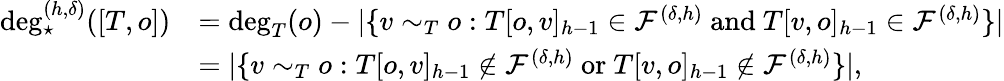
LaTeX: \begin{array}{rl}{\deg_{\star}^{(h,\delta)}([T,o])}&{=\deg_{T}(o)-|\{ v\sim_{T}o:T[o,v]_{h-1}\in\mathcal{F}^{(\delta,h)}\mathrm{~and~}T[v,o]_{h-1}\in\mathcal{F}^{(\delta,h)}\} |}\\ &{=|\{ v\sim_{T}o:T[o,v]_{h-1}\notin\mathcal{F}^{(\delta,h)}\mathrm{~or~}T[v,o]_{h-1}\notin\mathcal{F}^{(\delta,h)}\} |,}\end{array}